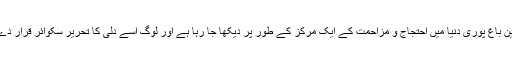
دلی کا شاہین باغ پوری دنیا میں احتجاج و مزاحمت کے ایک مرکز کے طور پر دیکھا جا رہا ہے اور لوگ اسے دلی کا تحریر سکوائر قرار دے رہے ہیں۔